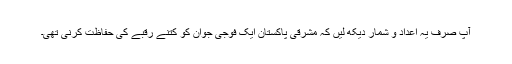
آپ صرف یہ اعداد و شمار دیکھ لیں کہ مشرقی پاکستان ایک فوجی جوان کو کتنے رقبے کی حفاظت کرنی تھی۔